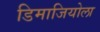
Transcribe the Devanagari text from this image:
डिमाजियोला